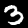
Label: 3